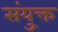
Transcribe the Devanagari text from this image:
संयु्क्त